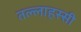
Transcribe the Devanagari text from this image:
तल्लाहस्सी